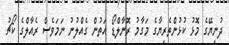
ދުނިޔޭގެ މޮޅު ކުޅުންތެރިޔާގެ މަގާމު ރޮނާލްޑޯ އަތުން ގެއްލުނު ނަމަވެސް ރެއާލްގެ ކޯޗު